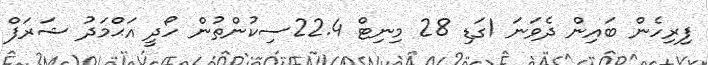
ފިރިހެން ބައިން ދެވަނަ 1ގަޑި 28 މިނިޓް 22.4ސިކުންތުން ހޯދީ އަޙްމަދު ޝަރަފް